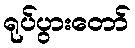
ရုပ်ပွားတော်